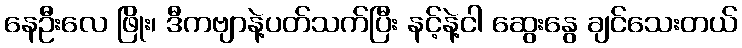
နေဦးလေ ဖြိုး၊ ဒီကဗျာနဲ့ပတ်သက်ပြီး နင့်နဲ့ငါ ဆွေးနွေ ချင်သေးတယ်